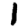
Digit: 1